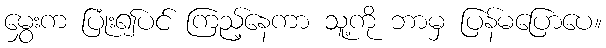
မွှေးက ပြုံး၍ပင် ကြည့်နေကာ သူ့ကို ဘာမှ ပြန်မပြောပေ။